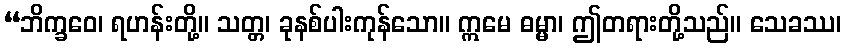
“ဘိက္ခဝေ၊ ရဟန်းတို့။ သတ္တ၊ ခုနစ်ပါးကုန်သော။ ဣမေ ဓမ္မာ၊ ဤတရားတို့သည်။ သေခဿ၊